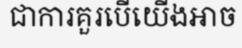
ជាការគួរបើយើងអាច